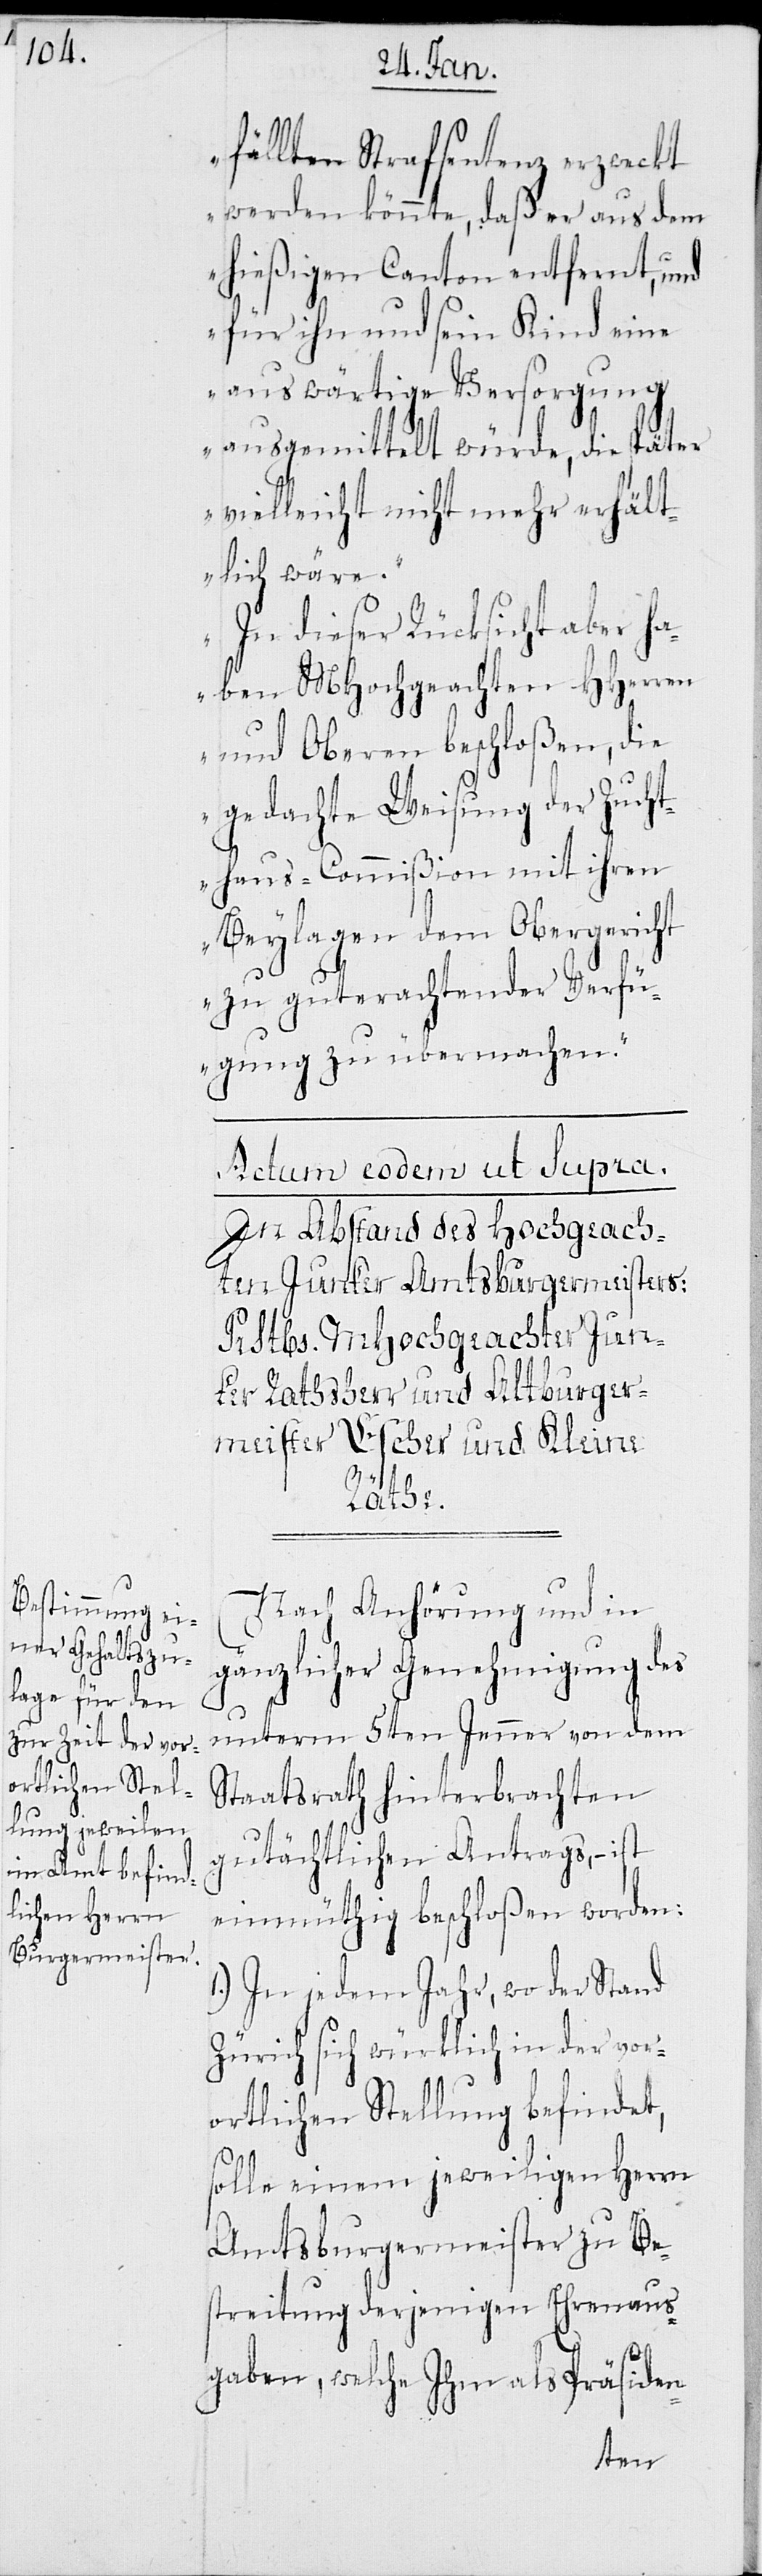
fällten Strafsentenz erzweckt
werden könnte, daß er aus dem
hießigen Canton entfernt, und
für ihn und sein Kind eine
auswärtige Versorgung
ausgemittelt würde, die später
vielleicht nicht mehr erhält¬
lich wäre.
In dieser Rücksicht aber ha¬
ben MHochgeachten HHerren
und Oberen beschloßen, die
gedachte Weisung der Zucht¬
haus-Commißion mit ihren
Beylagen dem Obergericht
zu guterachtender Verfü¬
gung zu übermachen.“
In Abstand des Hochgeach¬
ten Junker Amtsburgermeister:
Prstbs. MHochgeachter Jun¬
ker Rathsherr und Altburger¬
meister Escher und Kleine
Räthe.
Nach Anhörung und in
gänzlicher Genehmigung des
unterm 5ten Jenner von dem
Staatsrath hinterbrachten
gutächtlichen Antrags, – ist
einmüthig beschloßen worden:
1.) In jedem Jahr, wo der Stand
Zürich sich würklich in der vor¬
ortlichen Stellung befindet,
solle einem jeweiligen Herrn
Amtsburgermeister zu Be¬
streitung derjenigen Ehrenaus¬
gaben, welche Ihm als Präsiden-